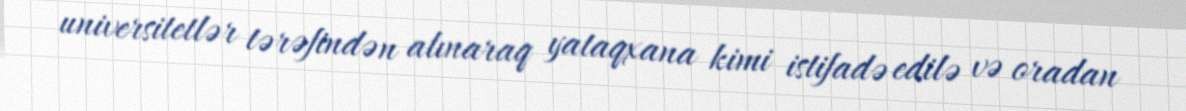
universitetlər tərəfindən alınaraq yataqxana kimi istifadə edilə və oradan